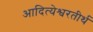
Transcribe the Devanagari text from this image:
आदित्येश्वरतीर्थ